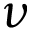
\nu